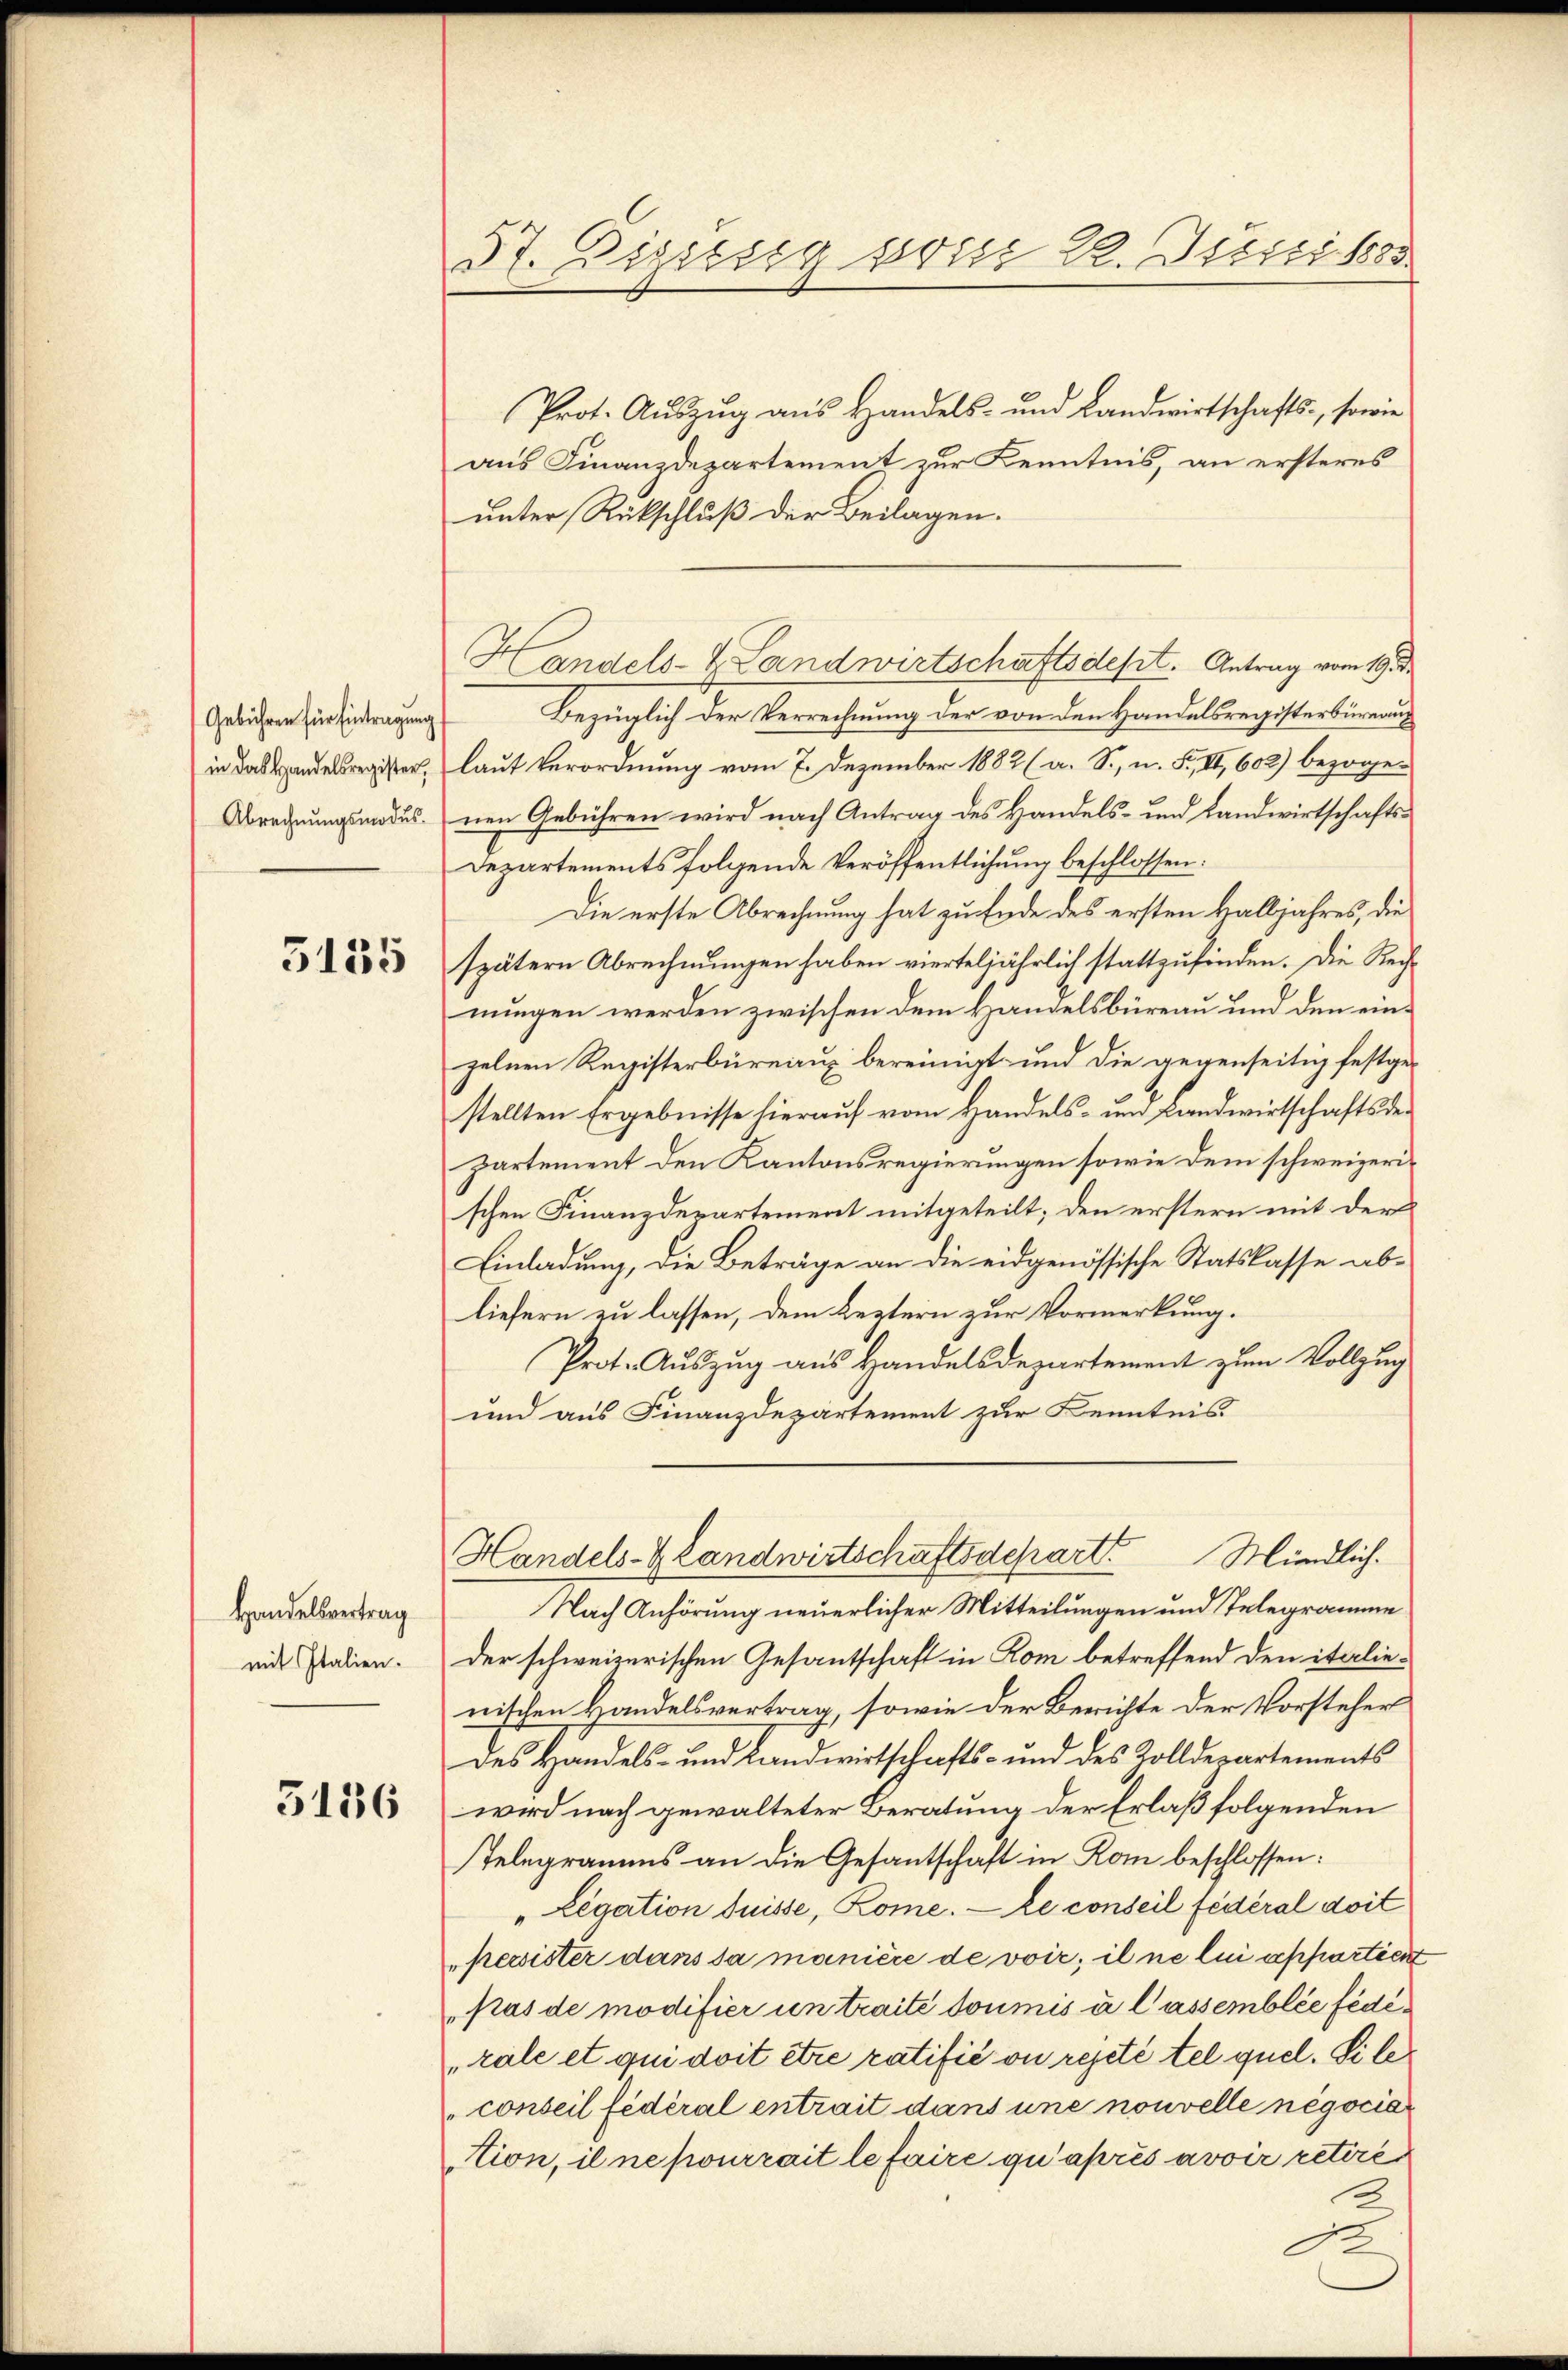
Gebühren für Eintragung
Abrechnungsmodus

5155

Handelsvertrag
mit Italien.

3136

37. Diesig sous 22. Juni 185

Prot. Aŭszŭg ans Handels- und Landwirtschafts-, sowie
aus Finanzdepartement zur Kenntnis, an ersteres
unter Rückschluß der Beilagen.
Bezüglich der Verrechnung der von den Handelsregisterbüreaus
igister, laut Verordnung vom 7. Dezember 1882 (a. S., n. F. II., 602) bezogen
nen Gebühren wird nach Antrag des Handels- und Landwirtschafts¬
Departements folgende Veröffentlichung beschlossen:
Die erste Abrechnung hat zu Ende des ersten Halbjahres, die
spätern Abrechnungen haben vierteljährlich stattzufinden. Die Rechnungen werden zwischen dem Handelsbüreau und den einzelnen Registerbüreaus bereinigt und die gegenseitig festgestellten Ergebnisse hierauf vom Handels- und Landwirtschafts der
partement den Kantonsregierungen sowie dem schweizerischen Finanzdepartement mitgeteilt; den erstern mit der
Einladung, die Beträge an die eidgenössische Statslasse abliefern zu lassen, dem Leztern zur Vormerkung.
Prot. Auszug aus Handelsdepartement zum Vollzug
und aus Finanzdepartement zur Kenntnis
Handels- & Landwirtschaftsdepart Mündlich.
Nach Anhörung neuerlicher Mitteilungen und Telegramme
der schweizerischen Gesantschaft in Rom betreffend den italienischen Handelsvertrag, sowie der Berichte der Vorsteher
des Handels- und Landwirtschafts- und des Zolldepartements
wird nach gewalteter Beratung der Erlaß folgenden
Telegramms an die Gesantschaft in Rom beschlossen:
„Legation duisse, Rome. — Le conseil fédéral doit
persister dans sa manière de voir, il ne lui appartient
pas de modifier un traité soumis à lassemblée fédérale et qui doit être ratifié ou rejeté tel quel. Sileconseil fédéral entrait dans une nouvelle négocia
tion, il ne pourrait le faire qu’après avoir retire
1

Handels- & Landwirtschaftsdest. Antrag vom 19. de